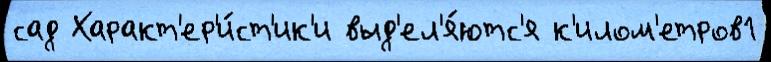
сад Характ'ер'и́ст'ик'и выд'ел'я́ютс'я к'илом'етров1